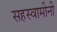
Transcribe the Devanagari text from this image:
सहस्वामीनी